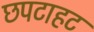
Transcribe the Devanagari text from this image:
छपटाहट